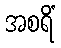
အစရိံ